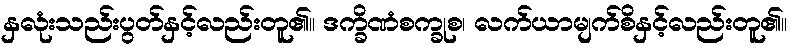
နှလုံးသည်းပွတ်နှင့်လည်းတူ၏။ ဒက္ခိဏံစက္ခုစ၊ လက်ယာမျက်စိနှင့်လည်းတူ၏။